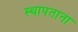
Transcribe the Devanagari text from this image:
स्थापताना